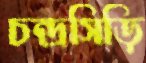
চন্দ্রসিড়ি